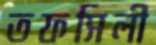
তফসিলী